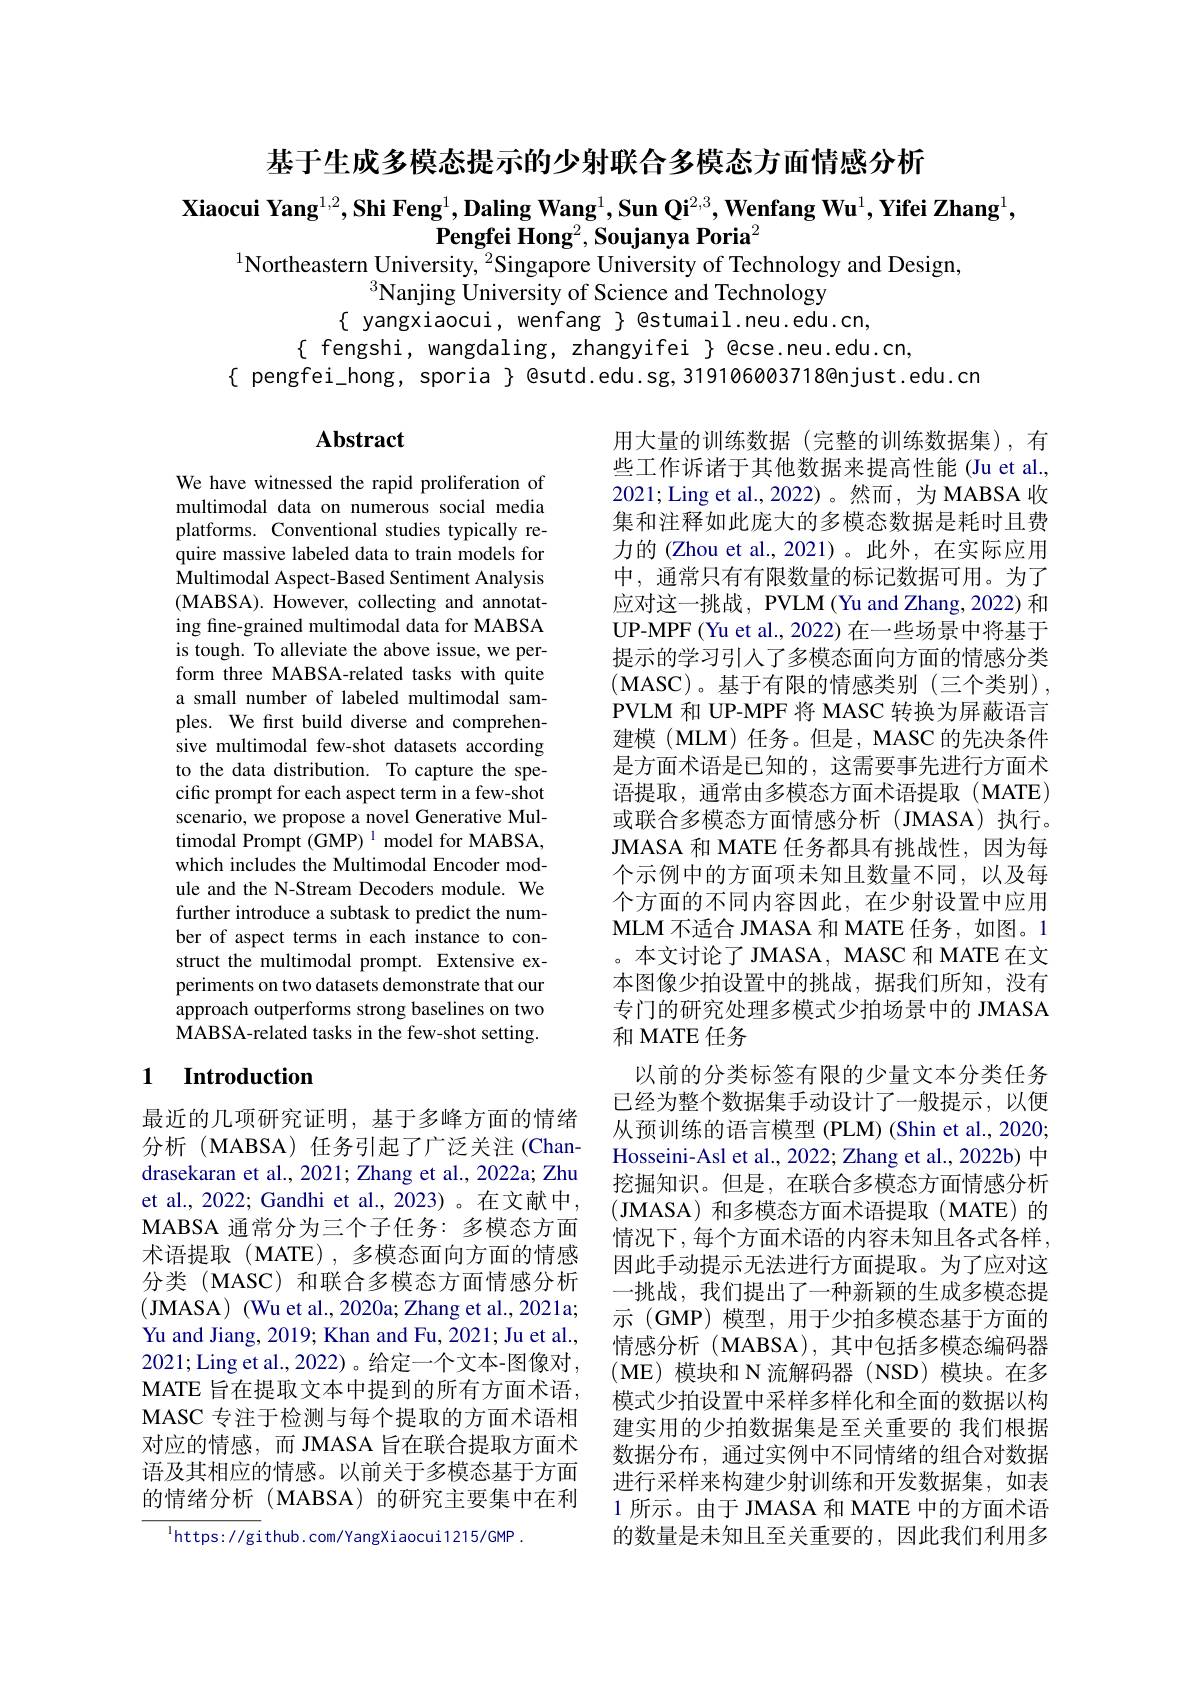
基于生成多模态提示的少射联合多模态方面情感分析

$\textbf{Xiaocui Yang}^{1,2},\textbf{Shi Feng}^1,\textbf{Daling Wang}^1,\textbf{Sun Qi}^{2,3},\textbf{Wenfang Wu}^1,\textbf{Yifei Zhang}^1$,
$\textbf{Pengfei Hong}^2,\textbf{Soujanya Poria}^2$
$^{1}$Northeastern University, $^2$Singapore University of Technology and Design,

$^3$Nanjing University of Science and Technology
$\{$ yangxiaocui, wenfang $\}$ @stumail.neu.edu.cn,
$\{$ fengshi, wangdaling, zhangyifei $\}$ @cse.neu.edu.cn,
$\{$ pengfei\_hong, sporia $\}$ @sutd.edu.sg, 319106003718@njust.edu.cn

## $\mathbf{Abstract}$

We have witnessed the rapid proliferation of multimodal data on numerous social media platforms. Conventional studies typically require massive labeled data to train models for Multimodal Aspect-Based Sentiment Analysis (MABSA). However, collecting and annotating fine-grained multimodal data for MABSA is tough. To alleviate the above issue, we perform three MABSA-related tasks with quite a small number of labeled multimodal samples. We first build diverse and comprehensive multimodal few-shot datasets according to the data distribution. To capture the specific prompt for each aspect term in a few-shot scenario, we propose a novel Generative Multimodal Prompt (GMP) 1 model for MABSA, which includes the Multimodal Encoder module and the N-Stream Decoders module. We further introduce a subtask to predict the number of aspect terms in each instance to construct the multimodal prompt. Extensive experiments on two datasets demonstrate that our approach outperforms strong baselines on two MABSA-related tasks in the few-shot setting.

用大量的训练数据(完整的训练数据集),有些工作诉诸于其他数据来提高性能(Ju et al., 2021; Ling et al., 2022)。然而，为 MABSA 收集和注释如此庞大的多模态数据是耗时且费力的 (Zhou et al., 2021)。此外，在实际应用中，通常只有有限数量的标记数据可用。为了应对这一挑战，PVLM(Yu and Zhang, 2022) 和UP-MPF (Yu et al., 2022) 在一些场景中将基于提示的学习引人了多模态面向方面的情感分类$\left(\mathrm{MASC}\right)$。基于有限的情感类别(三个类别), PVLM 和 UP-MPF 将 MASC 转换为屏蔽语言建模 (MLM) 任务。但是，MASC 的先决条件是方面术语是已知的，这需要事先进行方面术语提取，通常由多模态方面术语提取(MATE) 或联合多模态方面情感分析(JMASA)执行。JMASA 和 MATE 任务都具有挑战性，因为每个示例中的方面项未知且数量不同，以及每个方面的不同内容因此，在少射设置中应用MLM 不适合 JMASA 和 MATE 任务，如图。1 。本文讨论了 JMASA, MASC 和 MATE 在文本图像少拍设置中的挑战，据我们所知，没有专门的研究处理多模式少拍场景中的 JMASA 和 MATE 任务
以前的分类标签有限的少量文本分类任务已经为整个数据集手动设计了一般提示，以便从预训练的语言模型 (PLM) (Shin et al., 2020; Hosseini-Asl et al., 2022; Zhang et al., 2022b) 中挖掘知识。但是，在联合多模态方面情感分析(JMASA)和多模态方面术语提取(MATE)的情况下，每个方面术语的内容未知且各式各样， 因此手动提示无法进行方面提取。为了应对这一挑战，我们提出了一种新颖的生成多模态提示 (GMP) 模型，用于少拍多模态基于方面的情感分析(MABSA),其中包括多模态编码器$(\mathbf{ME})$模块和 N 流解码器 (NSD) 模块。在多模式少拍设置中采样多样化和全面的数据以构建实用的少拍数据集是至关重要的 我们根据数据分布，通过实例中不同情绪的组合对数据进行采样来构建少射训练和开发数据集，如表1 所示。由于 JMASA 和 MATE 中的方面术语的数量是未知且至关重要的，因此我们利用多

## 1 Introduction

最近的几项研究证明，基于多峰方面的情绪分析(MABSA)任务引起了广泛关注(Chandrasekaran et al., 2021; Zhang et al., 2022a; Zhu et al., 2022; Gandhi et al., 2023)。在文献中， MABSA 通常分为三个子任务：多模态方面术语提取(MATE),多模态面向方面的情感分类(MASC)和联合多模态方面情感分析(JMASA) (Wu et al., 2020a; Zhang et al., 2021a; Yu and Jiang, 2019; Khan and Fu, 2021; Ju et al., 2021;Ling et al.,2022)。给定一个文本-图像对MATE 旨在提取文本中提到的所有方面术语， MASC 专注于检测与每个提取的方面术语相对应的情感，而 JMASA 旨在联合提取方面术语及其相应的情感。以前关于多模态基于方面的情绪分析(MABSA)的研究主要集中在利

$^{\mathrm{l}}$https://github.com/YangXiaocui1215/GMP.